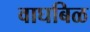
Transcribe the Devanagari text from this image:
वाघबिळ